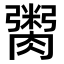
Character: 𮌿